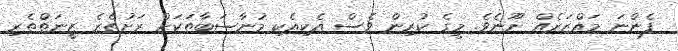
ފެންނަ މައްޒަރެއް ނޫނެވެ. މީގެ ކުރިން ވެސް އެކިއެކި މުނާސަބާތަކަށް ރަށުތެރެ ޒީނަތްތެރި